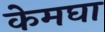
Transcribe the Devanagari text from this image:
केमघा